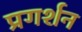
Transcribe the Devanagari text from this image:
प्रगर्शन